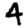
Digit: 4